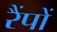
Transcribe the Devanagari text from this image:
रैंपों